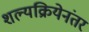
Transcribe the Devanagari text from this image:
शल्यक्रियेनंतर